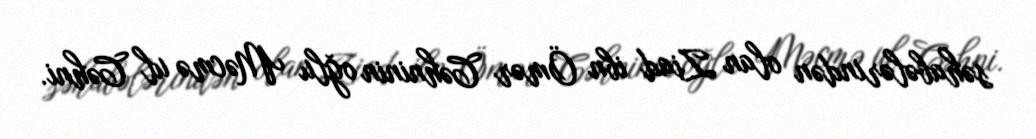
səhabələrindən olan Ziad ibn Ömər Cəhninin oğlu Məcmə ul Cəhni.